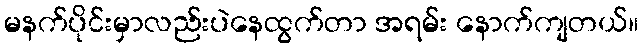
မနက်ပိုင်းမှာလည်းပဲနေထွက်တာ အရမ်း နောက်ကျတယ်။